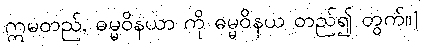
ဣမတည်, ဓမ္မဝိနယာ ကို ဓမ္မဝိနယ တည်၍ တွက်။]